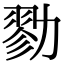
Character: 勠